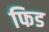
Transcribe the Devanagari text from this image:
फिड